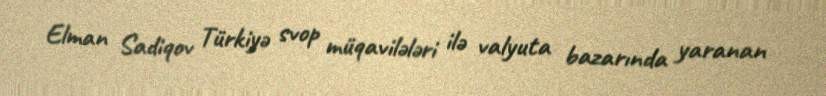
Elman Sadiqov Türkiyə svop müqavilələri ilə valyuta bazarında yaranan